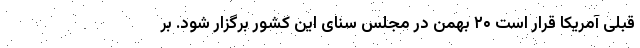
قبلی آمریکا قرار است ۲۰ بهمن در مجلس سنای این کشور برگزار شود. بر